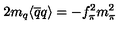
2 m _ { q } \langle \overline { { q } } q \rangle = - f _ { \pi } ^ { 2 } m _ { \pi } ^ { 2 }